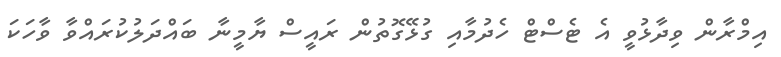
އިމްރާން ވިދާޅުވީ އެ ޓެސްޓް ހެދުމާއި ގުޅޭގޮތުން ރައީސް ޔާމީނާ ބައްދަލުކުރައްވާ ވާހަކަ